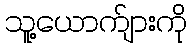
သူ့ယောက်ျားကို